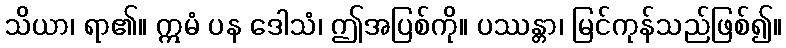
သိယာ၊ ရာ၏။ ဣမံ ပန ဒေါသံ၊ ဤအပြစ်ကို။ ပဿန္တာ၊ မြင်ကုန်သည်ဖြစ်၍။